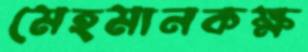
মেহমানকক্ষ